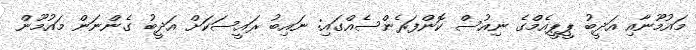
މައުމޫނާއި އަދީބު ޕީޕީއެމްގެ ނިއުސް ކޮންފަރެންސެއްގައި: ނައިބު ރައީސަކަށް އަދީބު ގެންނަން މައުމޫން